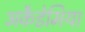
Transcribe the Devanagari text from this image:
अकैडेमिया